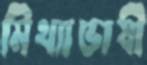
মিথ্যাভাষী